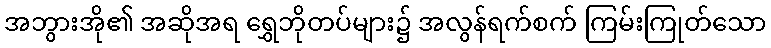
အဘွားအို၏ အဆိုအရ ရွှေဘိုတပ်များ၌ အလွန်ရက်စက် ကြမ်းကြုတ်သော